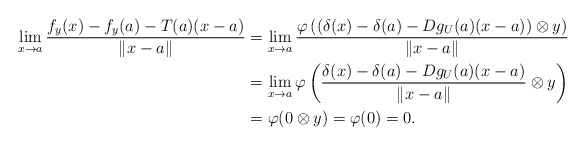
\begin{align*}\lim_{x\to a}\frac{f_y(x)-f_y(a)-T(a)(x-a)}{\left\|x-a\right\|}&=\lim_{x\to a}\frac{\varphi\left((\delta(x)-\delta(a)-Dg_U(a)(x-a))\otimes y\right)}{\left\|x-a\right\|} \\&=\lim_{x\to a}\varphi\left(\frac{\delta(x)-\delta(a)-Dg_U(a)(x-a)}{\left\|x-a\right\|}\otimes y\right) \\&=\varphi(0\otimes y)=\varphi(0)=0.\end{align*}